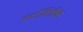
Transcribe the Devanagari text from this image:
इण्टॅलिजॅन्स